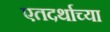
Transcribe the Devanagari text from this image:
एतदर्थाच्या